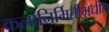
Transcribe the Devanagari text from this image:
कलानिर्मितीमधील